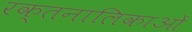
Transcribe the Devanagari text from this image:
रक्तनालिकाओं